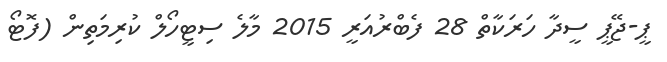
ޕީ-ޖޭޕީ ސީދާ ހަރަކާތް 28 ފެބްރުއަރީ 2015 މާލެ ސިޓީހޯލް ކުރިމަތިން (ފޮޓޯ